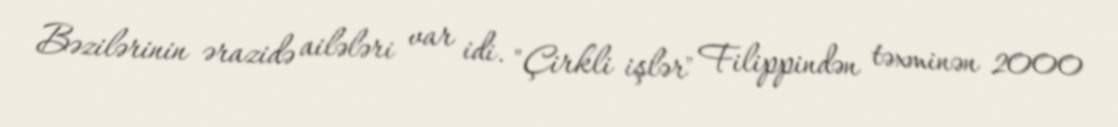
Bəzilərinin ərazidə ailələri var idi. "Çirkli işlər" Filippindən təxminən 2000